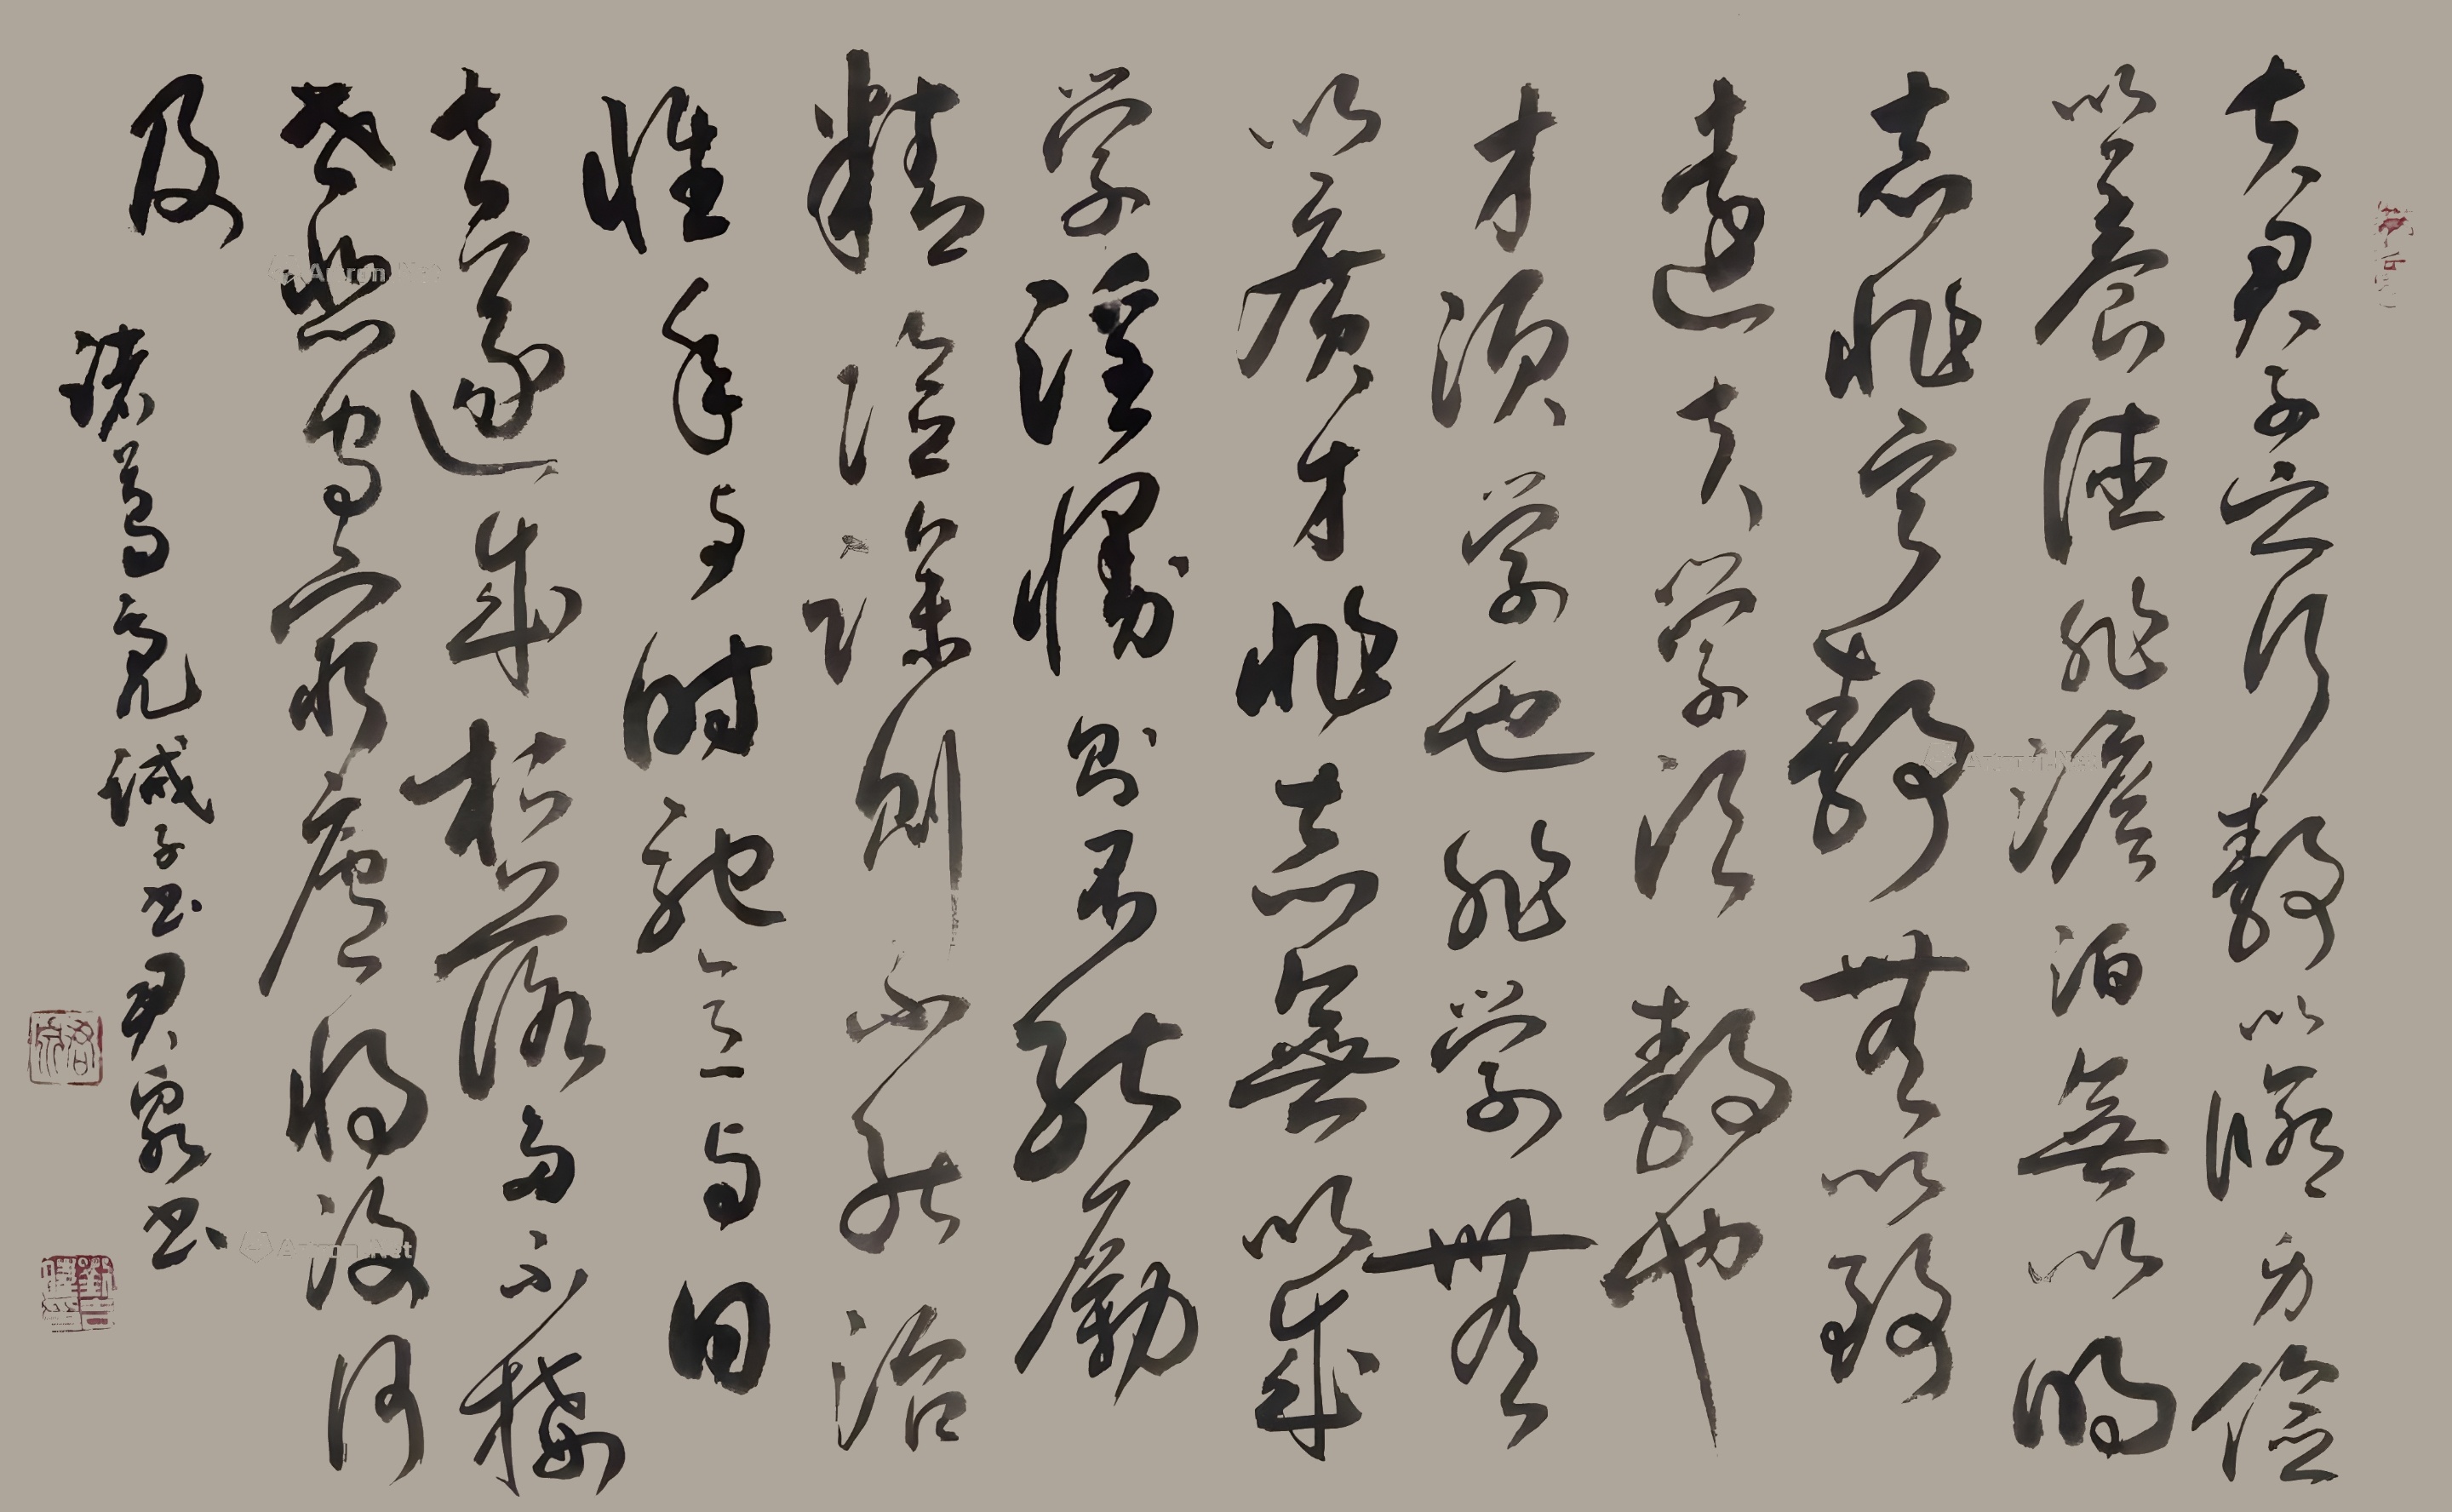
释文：夫君子之行，静以修身，俭以养德。非淡泊无以明志，非宁静无以致远。夫学须静也，才须学也。非学无以广才，非志无以成学。淫慢则不能励精，险躁则不能治性。年与时驰，意与日去，遂成枯落，多不接世，悲守穷庐，将复何及！刘吉旺2022年作